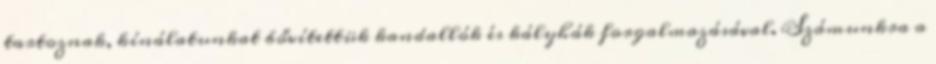
tartoznak, kínálatunkat bővítettük kandallók és kályhák forgalmazásával. Számunkra a